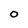
Character: O